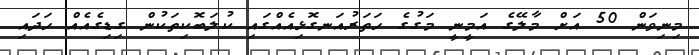
މިނިވަން 50 އަށް މާލޭގެ އަމީނީ މަގުގެ ހަތަރުއަނގޮޅިއެއްގައި ކުލަބޮކިތަކުން ގިޑިގެއެއް ހަދައި